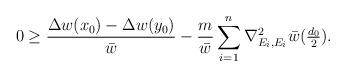
LaTeX: \begin{align*}0 &\geq \frac{\Delta w(x_0)-\Delta w(y_0)}{\bar w} - \frac{m}{\bar w}\sum_{i=1}^n\nabla^2_{E_i,E_i}\bar w (\tfrac{d_0}{2}).\end{align*}